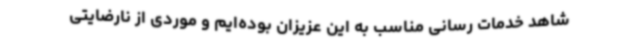
شاهد خدمات رسانی مناسب به این عزیزان بوده‌ایم و موردی از نارضایتی